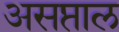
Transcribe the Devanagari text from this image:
असप्ताल